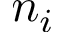
n _ { i }